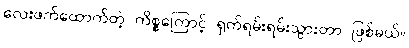
လေးဖက်ထောက်တဲ့ ကိစ္စကြောင့် ရှက်ရမ်းရမ်းသွားတာ ဖြစ်မယ်။